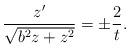
LaTeX: \begin{align*} \frac{z'}{\sqrt{b^2 z + z^2}} = \pm \frac{2}{t}.\end{align*}